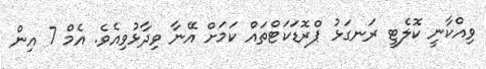
ވިއްކާނީ ކޮލެޓީ ރަނގަޅު ޕްރޮޑަކަޓްތައް ކަމަށް އޭނާ ވިދާޅުވިއެވެ. އެމް 7 އިން